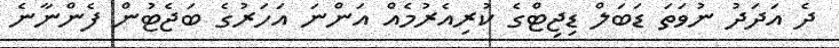
ދެ އަދަދު ނުވަތަ ޑަބަލް ޑިޖިޓްގެ ކުރިއެރުމެއް އަންނަ އަހަރުގެ ބަޖެޓުން ފެންނާނެ